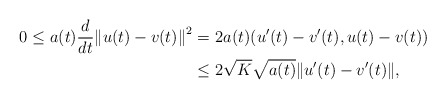
\begin{align*} 0\le a(t)\frac{d}{dt}{\Vert u(t)-v(t) \Vert}^2 = & \ 2a(t)(u^{\prime}(t) - v^{\prime}(t), u(t)-v(t)) \\ \le & \ 2\sqrt{K}\sqrt{a(t)}\Vert u^{\prime}(t) - v^{\prime}(t) \Vert, \end{align*}